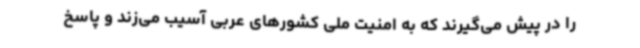
را در پیش می‌گیرند که به امنیت ملی کشورهای عربی آسیب می‌زند و پاسخ